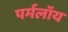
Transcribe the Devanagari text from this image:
पर्मलॉय